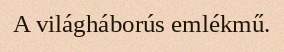
A világháborús emlékmű.